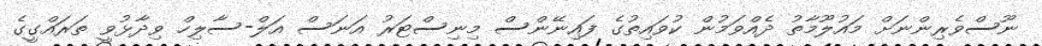
ނޫސްވެރިންނަށް މައުލޫމާތު ދެއްވަމުން ކުވައިތުގެ ފައިނޭންސް މިނިސްޓަރު އަނަސް އަލް-ސާލިހް ވިދާޅުވީ ތަރައްގީގެ